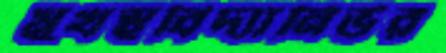
মুখস্থবিদ্যানির্ভর